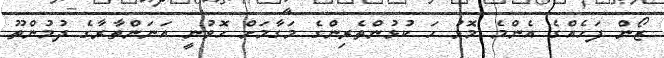
ޒޯން ފަހެއްގެ އެންމެ މޮޅު ހަ ކުޅުންތެރިންގެ މަގާމަށް ހޮވުނީ އަނަންތާރާގެ ދުމުންތޫ